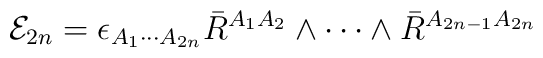
{\cal E}_{2n}= \epsilon_{A_1 \cdots A_{2n}} \bar{R}^{A_1 A_2}\wedge\cdots \wedge \bar{R}^{A_{2n-1} A_{2n}}